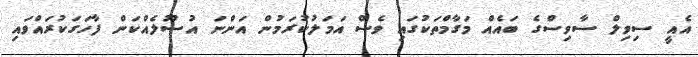
އެއީ ސިވިލް ސާވިސްގެ ބައެއް މަގާމްތަކުގައި ވެސް އަމަލުކުރަމުން އަންނަ އުސޫލެއްކަން ފާހަގަކުރައްވައި